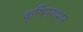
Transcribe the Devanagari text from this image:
कृषिपराशर